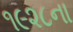
૧૯૨૮ના